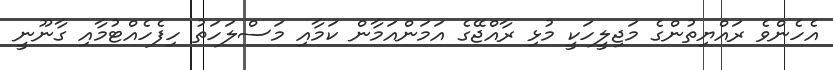
އެހެންވެ ރައްޔިތުންގެ މަޖިލީހަކީ މުޅި ރާއްޖޭގެ އަމަންއަމާން ކަމާއި މަސްލަހަތު ހިފެހެއްޓުމާއި ގާނޫނީ